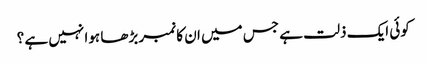
کوئی ایک ذلت ہے جس میں ان کا نمبر بڑھا ہوا نہیں ہے ؟